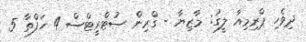
ދިވެހި ޕްރިމިއާ ލީގު: މާޒިޔާ - ގްރިން ސުޓްރީޓްސް 4 ހަފްތާ 5